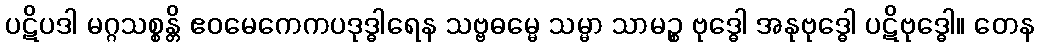
ပဋိပဒါ မဂ္ဂသစ္စန္တိ ဧဝမေကေကပဒုဒ္ဓါရေန သဗ္ဗဓမ္မေ သမ္မာ သာမဉ္စ ဗုဒ္ဓေါ အနုဗုဒ္ဓေါ ပဋိဗုဒ္ဓေါ။ တေန